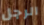
الرجل